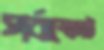
পর্বাস্ফোট